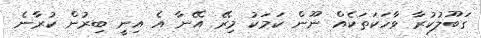
ގަބޫލުކުރާ ވާހަކަތަކެއް ނޫން ކަމަކު މިރޭ އޭނާ އެ އިނީ ބިރުން ކުރާނެ